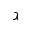
\gimel